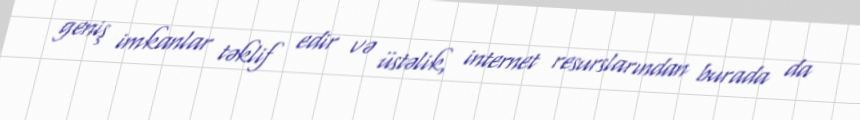
geniş imkanlar təklif edir və üstəlik, internet resurslarından burada da